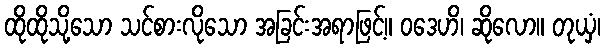
ထိုထိုသို့သော သင်စားလိုသော အခြင်းအရာဖြင့်။ ဝဒေဟိ၊ ဆိုလော။ တုယှံ၊